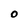
Character: O